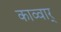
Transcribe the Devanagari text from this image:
काव्वार्